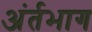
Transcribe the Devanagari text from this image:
अंर्तभाग